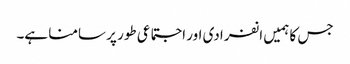
جس کا ہمیں انفرادی اور اجتماعی طور پر سامنا ہے۔